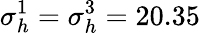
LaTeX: \sigma_{h}^{1}=\sigma_{h}^{3}=20.35